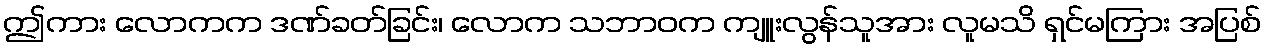
ဤကား လောကက ဒဏ်ခတ်ခြင်း၊ လောက သဘာဝက ကျူးလွန်သူအား လူမသိ ရှင်မကြား အပြစ်